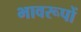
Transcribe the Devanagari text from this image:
भावरूपों